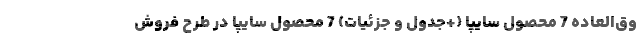
وق‌العاده 7 محصول سایپا (+جدول و جزئیات) 7 محصول سایپا در طرح فروش